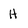
Character: H